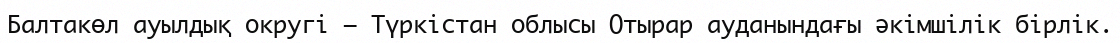
Балтакөл ауылдық округі – Түркістан облысы Отырар ауданындағы әкімшілік бірлік.